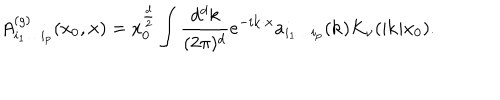
LaTeX: A _ { i _ { 1 } \ldots i _ { p } } ^ { ( g ) } ( x _ { 0 } , { \bf x } ) = x _ { 0 } ^ { \frac { d } { 2 } } \int { \frac { d ^ { d } k } { ( 2 \pi ) ^ { d } } } e ^ { - i { \bf k } \cdot { \bf x } } a _ { i _ { 1 } \ldots i _ { p } } ( { \bf k } ) K _ { \nu } ( | { \bf k } | x _ { 0 } ) .